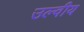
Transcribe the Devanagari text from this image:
उल्वीय